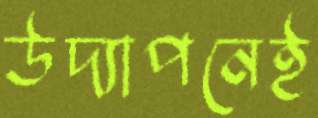
উদ্যাপনেই